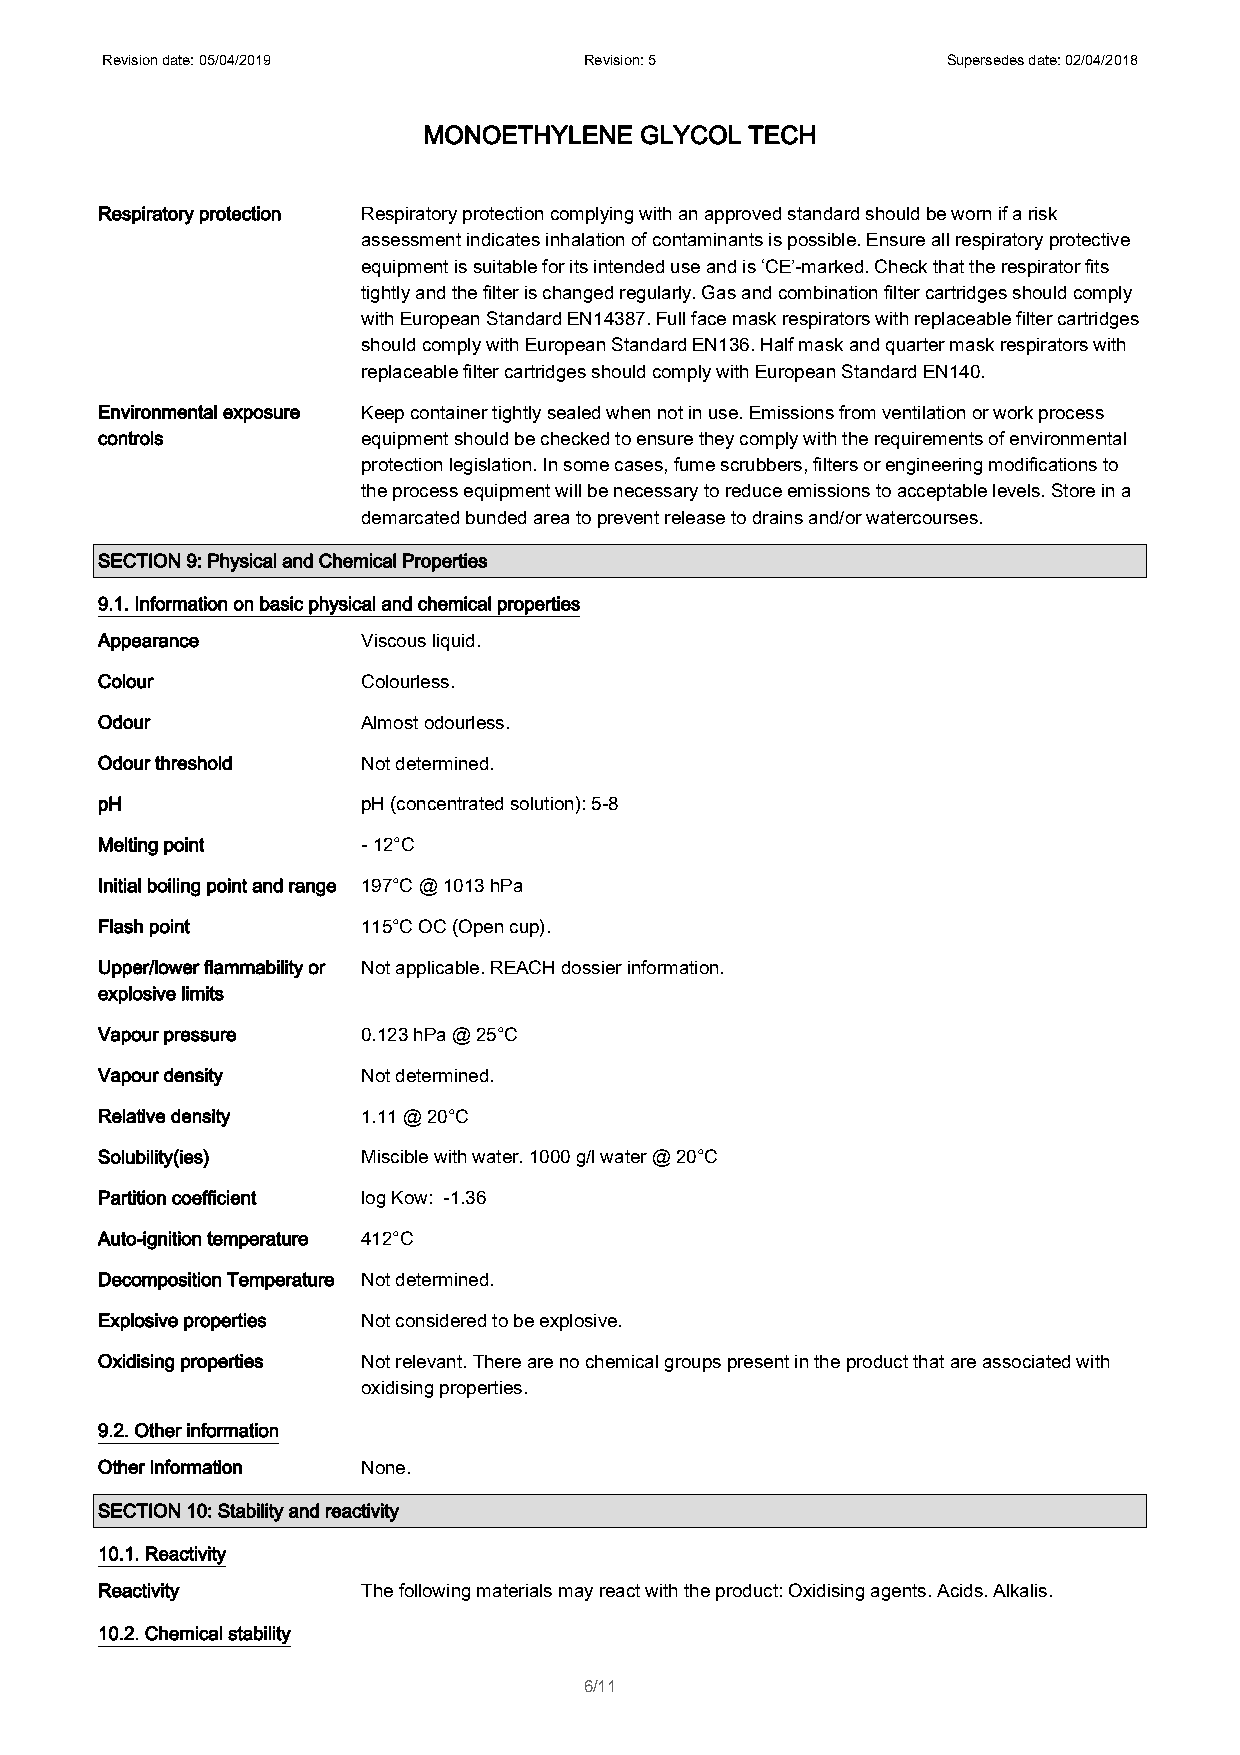
Revision date: 05/04/2019       Revision: 5             Supersedes date: 02/04/2018
 MONOETHYLENE  GLYCOL  TECH
 Respiratory protection Respiratory protection complying with an approved standard should be worn if a risk
 assessment indicates inhalation of contaminants is possible. Ensure all respiratory protective
 equipment is suitable for its intended use and is ‘CE’-marked. Check that the respirator fits
 tightly and the filter is changed regularly. Gas and combination filter cartridges should comply
 with European Standard EN14387. Full face mask respirators with replaceable filter cartridges
 should comply with European Standard EN136. Half mask and quarter mask respirators with
 replaceable filter cartridges should comply with European Standard EN140.
 Environmental exposure Keep container tightly sealed when not in use. Emissions from ventilation or work process
 controls          equipment should be checked to ensure they comply with the requirements of environmental
 protection legislation. In some cases, fume scrubbers, filters or engineering modifications to
 the process equipment will be necessary to reduce emissions to acceptable levels. Store in a
 demarcated bunded area to prevent release to drains and/or watercourses.
 SECTION 9: Physical and Chemical Properties
 9.1. Information on basic physical and chemical properties
 Appearance        Viscous liquid.
 Colour            Colourless.
 Odour             Almost odourless.
 Odour threshold   Not determined.
 pH                pH (concentrated solution): 5-8
 Melting point     - 12°C
 Initial boiling point and range 197°C @ 1013 hPa
 Flash point       115°C OC (Open cup).
 Upper/lower flammability or Not applicable. REACH dossier information.
 explosive limits
 Vapour pressure   0.123 hPa @ 25°C
 Vapour density    Not determined.
 Relative density  1.11 @ 20°C
 Solubility(ies)   Miscible with water. 1000 g/l water @ 20°C
 Partition coefficient log Kow: -1.36
 Auto-ignition temperature 412°C
 Decomposition Temperature Not determined.
 Explosive properties Not considered to be explosive.
 Oxidising properties Not relevant. There are no chemical groups present in the product that are associated with
 oxidising properties.
 9.2. Other information
 Other information None.
 SECTION 10: Stability and reactivity
 10.1. Reactivity
 Reactivity        The following materials may react with the product: Oxidising agents. Acids. Alkalis.
 10.2. Chemical stability
 6/11